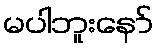
မပါဘူးနော်